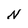
Character: N